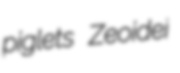
piglets Zeoidei